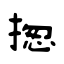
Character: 揔